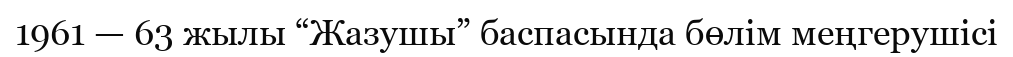
1961 — 63 жылы “Жазушы” баспасында бөлім меңгерушісі